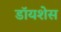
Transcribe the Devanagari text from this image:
डॉयशेस